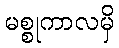
မစ္စုကာလမှိ